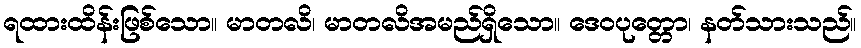
ရထားထိန်းဖြစ်သော။ မာတလိ၊ မာတလိအမည်ရှိသော။ ဒေဝပုတ္တော၊ နတ်သားသည်။